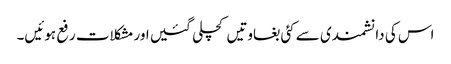
اس کی دانشمندی سے کئی بغاوتیں کچلی گئیں اور مشکلات رفع ہوئیں۔